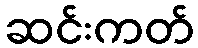
ဆင်းကတ်